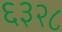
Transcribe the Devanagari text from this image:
६३२८